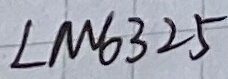
Text: LM6325